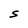
Character: S